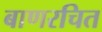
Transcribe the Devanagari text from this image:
बाणरचित